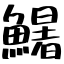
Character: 鱪